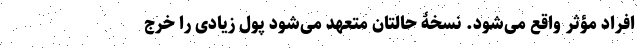
افراد مؤثر واقع می‌شود. نسخۀ حالتان متعهد می‌شود پول زیادی را خرج